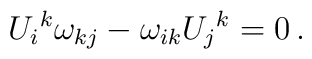
U_i{}^k \omega_{kj}-\omega_{ik}U_j{}^k=0\,.